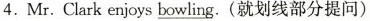
4. Mr.Clark enjoys \underline{bowing}. (就划线部分提问)